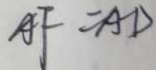
A F = A D